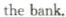
the bank.